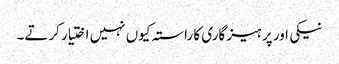
نیکی اور پر ہیز گاری کا راستہ کیوں نہیں اختیار کرتے۔